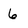
Character: 6